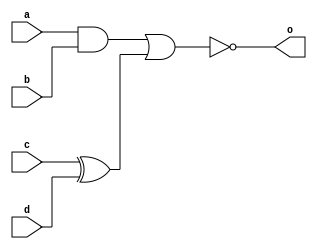
/*
there are 2 types procedural block in verilog :
    a. initial
    b. always
*/

module T11_combinational_element_design (
    input a, b, c, d,
    // output signal is declared as type "reg" in the module port list because it is used in procedural block
    // all signal in procedural block should be declared as "reg"
    output reg o);
    
    always @(a or b or c or d) begin
        o <= ~((a & b) | (c ^ d));
    end
endmodule